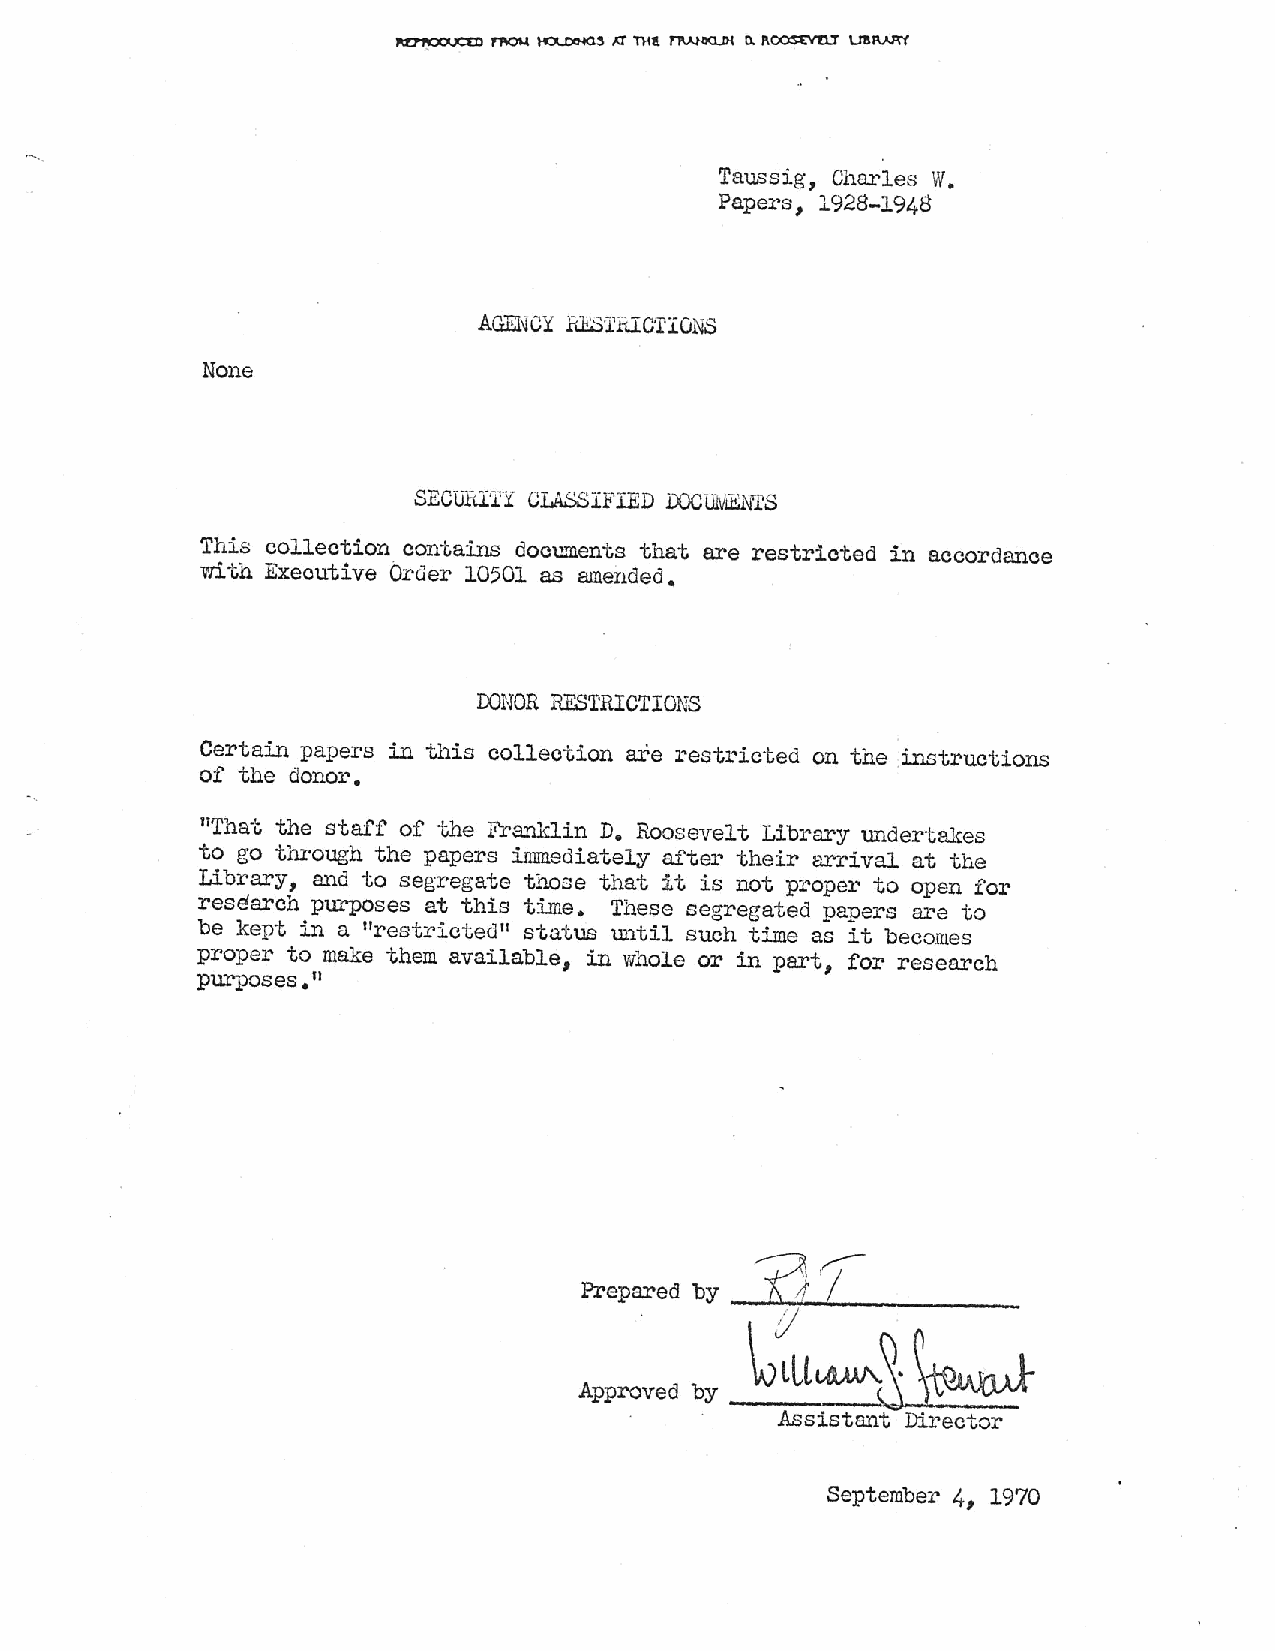
Taussig, Charles W.
 Papers, 1928-1948
 AGENCY liFSThlC'I'IONS
 None
 SECliRITY CLASSIFIED OOCUMEN"TS
 This collection contains documents that are restricted in accordance
 V'rith Executive Order 10501 as amended.
 OONOR RESTRICTIONS
 Certain papers in this collection are restricted on the instructions
 of the donor.
 "That the staff of the Franklin D. Roosevelt Library undertakes
 to go through the papers immediately after their arrival at the
 Library, and to segregate those that it is not proper to open for
 research purposes at this time. These segregated papers are to
 be kept in a 11restricted'1 status until such time as it becomes
 proper to make them available, in whole or in part, for research
 purposes.11
 3~1
 Prepared by __.: A.j_..:-':'~- --------
 J
 \.;tUl4W'-~ ~
 Approved by
 Assistant Director
 September 4, 1970